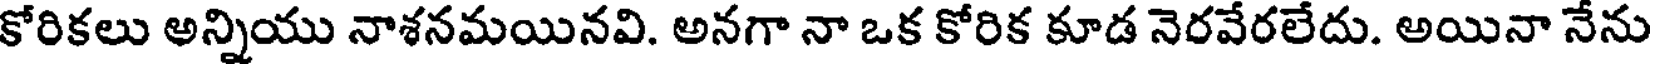
కోరికలు అన్నియు నాశనమయినవి. అనగా నా ఒక కోరిక కూడ నెరవేరలేదు. అయినా నేను